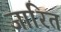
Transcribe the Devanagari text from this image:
जारित